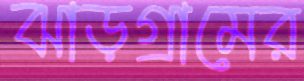
ঝাড়গ্রামের